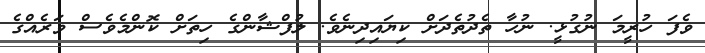
ވެފަ ހުރީމަ ނުގުޅީ. ނުހާ ތެދުތެދަށް ކިޔައިދިނެވެ. ލުފްޝާންގެ ހިތަށް ކޮންމެވެސް ވަރެއްގެ